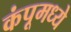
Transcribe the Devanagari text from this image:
कंपूमध्ये